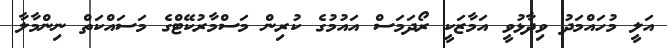
އަލީ މުހައްމަދު ވިދާޅުވީ އަމާޒަކީ ރޯދަމަސް އައުމުގެ ކުރިން މަސްމާރުކޭޓްގެ މަސައްކަތް ނިންމާލާ